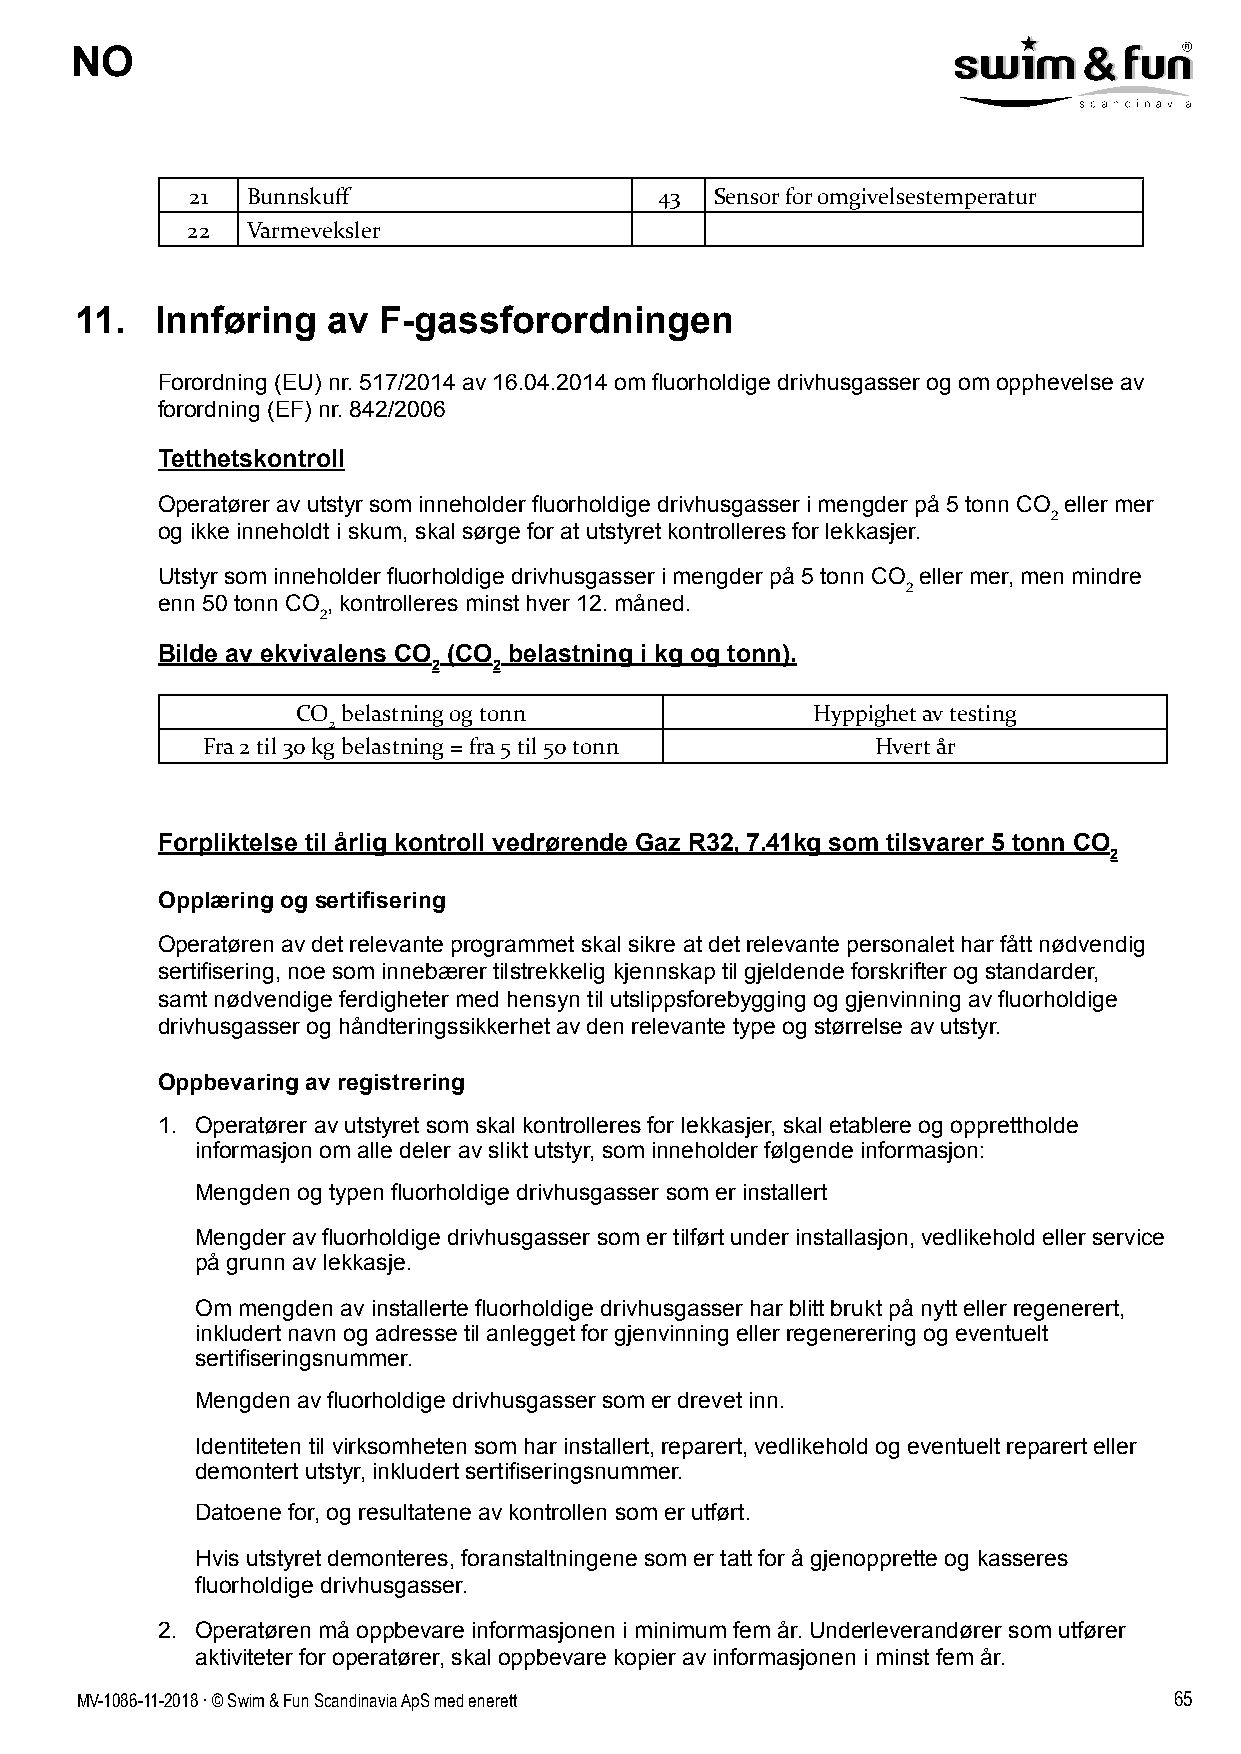
NO
 21 Bunnskuff                   43 Sensor for omgivelsestemperatur
 22  Varmeveksler
 11.  Innføring   av F-gassforordningen
 Forordning (EU) nr. 517/2014 av 16.04.2014 om fluorholdige drivhusgasser og om opphevelse av
 forordning (EF) nr. 842/2006
 Tetthetskontroll
 Operatører av utstyr som inneholder fluorholdige drivhusgasser i mengder på 5 tonn CO eller mer
 2
 og ikke inneholdt i skum, skal sørge for at utstyret kontrolleres for lekkasjer.
 Utstyr som inneholder fluorholdige drivhusgasser i mengder på 5 tonn CO eller mer, men mindre
 2
 enn 50 tonn CO , kontrolleres minst hver 12. måned.
 2
 Bilde av ekvivalens CO (CO belastning i kg og tonn).
 2   2
 CO belastning og tonn             Hyppighet av testing
 2
 Fra 2 til 30 kg belastning = fra 5 til 50 tonn Hvert år
 Forpliktelse til årlig kontroll vedrørende Gaz R32, 7.41kg som tilsvarer 5 tonn CO
 2
 Opplæring og sertifisering
 Operatøren av det relevante programmet skal sikre at det relevante personalet har fått nødvendig
 sertifisering, noe som innebærer tilstrekkelig kjennskap til gjeldende forskrifter og standarder,
 samt nødvendige ferdigheter med hensyn til utslippsforebygging og gjenvinning av fluorholdige
 drivhusgasser og håndteringssikkerhet av den relevante type og størrelse av utstyr.
 Oppbevaring av registrering
 1. Operatører av utstyret som skal kontrolleres for lekkasjer, skal etablere og opprettholde
 informasjon om alle deler av slikt utstyr, som inneholder følgende informasjon:
 Mengden og typen fluorholdige drivhusgasser som er installert
 Mengder av fluorholdige drivhusgasser som er tilført under installasjon, vedlikehold eller service
 på grunn av lekkasje.
 Om mengden av installerte fluorholdige drivhusgasser har blitt brukt på nytt eller regenerert,
 inkludert navn og adresse til anlegget for gjenvinning eller regenerering og eventuelt
 sertifiseringsnummer.
 Mengden av fluorholdige drivhusgasser som er drevet inn.
 Identiteten til virksomheten som har installert, reparert, vedlikehold og eventuelt reparert eller
 demontert utstyr, inkludert sertifiseringsnummer.
 Datoene for, og resultatene av kontrollen som er utført.
 Hvis utstyret demonteres, foranstaltningene som er tatt for å gjenopprette og kasseres
 fluorholdige drivhusgasser.
 2. Operatøren må oppbevare informasjonen i minimum fem år. Underleverandører som utfører
 aktiviteter for operatører, skal oppbevare kopier av informasjonen i minst fem år.
 MV-1086-11-2018 . © Swim & Fun Scandinavia ApS med enerett               65